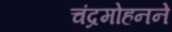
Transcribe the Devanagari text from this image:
चंद्रमोहनने